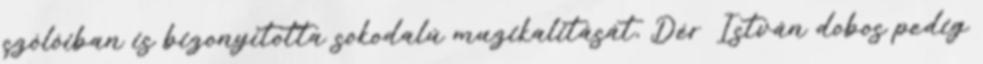
szólóiban is bizonyította sokodalú muzikalitását, Dér István dobos pedig